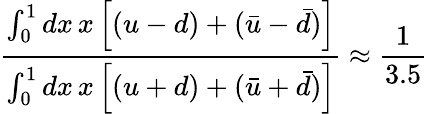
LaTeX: \frac{\int_{0}^{1}dx\, x\left[(u-d)+(\bar{u}-\bar{d})\right]}{\int_{0}^{1}dx\, x\left[(u+d)+(\bar{u}+\bar{d})\right]}\approx\frac{1}{3.5}